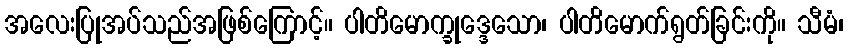
အလေးပြုအပ်သည်အဖြစ်ကြောင့်။ ပါတိမောက္ခုဒ္ဒေသော၊ ပါတိမောက်ရွတ်ခြင်းကို။ သီမံ၊